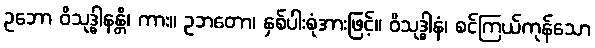
ဥဘော ဝိသုဒ္ဓါနန္တိ၊ ကား။ ဥဘတော၊ နှစ်ပါးစုံအားဖြင့်။ ဝိသုဒ္ဓါနံ၊ စင်ကြယ်ကုန်သော